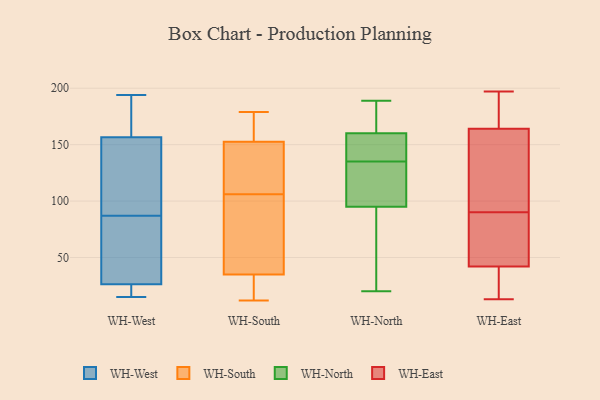
{"axis": {"x": "Churn Rate (%)", "y": "Value"}, "legend": ["WH-East", "WH-North", "WH-South", "WH-West"], "data": [{"x": "", "y": 15, "type": "WH-West"}, {"x": "", "y": 27, "type": "WH-West"}, {"x": "", "y": 63, "type": "WH-West"}, {"x": "", "y": 121, "type": "WH-West"}, {"x": "", "y": 37, "type": "WH-West"}, {"x": "", "y": 153, "type": "WH-West"}, {"x": "", "y": 194, "type": "WH-West"}, {"x": "", "y": 24, "type": "WH-West"}, {"x": "", "y": 180, "type": "WH-West"}, {"x": "", "y": 146, "type": "WH-West"}, {"x": "", "y": 87, "type": "WH-West"}, {"x": "", "y": 22, "type": "WH-West"}, {"x": "", "y": 167, "type": "WH-West"}, {"x": "", "y": 139, "type": "WH-South"}, {"x": "", "y": 94, "type": "WH-South"}, {"x": "", "y": 35, "type": "WH-South"}, {"x": "", "y": 106, "type": "WH-South"}, {"x": "", "y": 12, "type": "WH-South"}, {"x": "", "y": 62, "type": "WH-South"}, {"x": "", "y": 119, "type": "WH-South"}, {"x": "", "y": 147, "type": "WH-South"}, {"x": "", "y": 35, "type": "WH-South"}, {"x": "", "y": 169, "type": "WH-South"}, {"x": "", "y": 18, "type": "WH-South"}, {"x": "", "y": 179, "type": "WH-South"}, {"x": "", "y": 172, "type": "WH-South"}, {"x": "", "y": 58, "type": "WH-North"}, {"x": "", "y": 138, "type": "WH-North"}, {"x": "", "y": 132, "type": "WH-North"}, {"x": "", "y": 117, "type": "WH-North"}, {"x": "", "y": 160, "type": "WH-North"}, {"x": "", "y": 153, "type": "WH-North"}, {"x": "", "y": 20, "type": "WH-North"}, {"x": "", "y": 189, "type": "WH-North"}, {"x": "", "y": 95, "type": "WH-North"}, {"x": "", "y": 182, "type": "WH-North"}, {"x": "", "y": 90, "type": "WH-East"}, {"x": "", "y": 125, "type": "WH-East"}, {"x": "", "y": 82, "type": "WH-East"}, {"x": "", "y": 156, "type": "WH-East"}, {"x": "", "y": 182, "type": "WH-East"}, {"x": "", "y": 22, "type": "WH-East"}, {"x": "", "y": 90, "type": "WH-East"}, {"x": "", "y": 13, "type": "WH-East"}, {"x": "", "y": 42, "type": "WH-East"}, {"x": "", "y": 42, "type": "WH-East"}, {"x": "", "y": 197, "type": "WH-East"}, {"x": "", "y": 176, "type": "WH-East"}, {"x": "", "y": 164, "type": "WH-East"}, {"x": "", "y": 60, "type": "WH-East"}]}